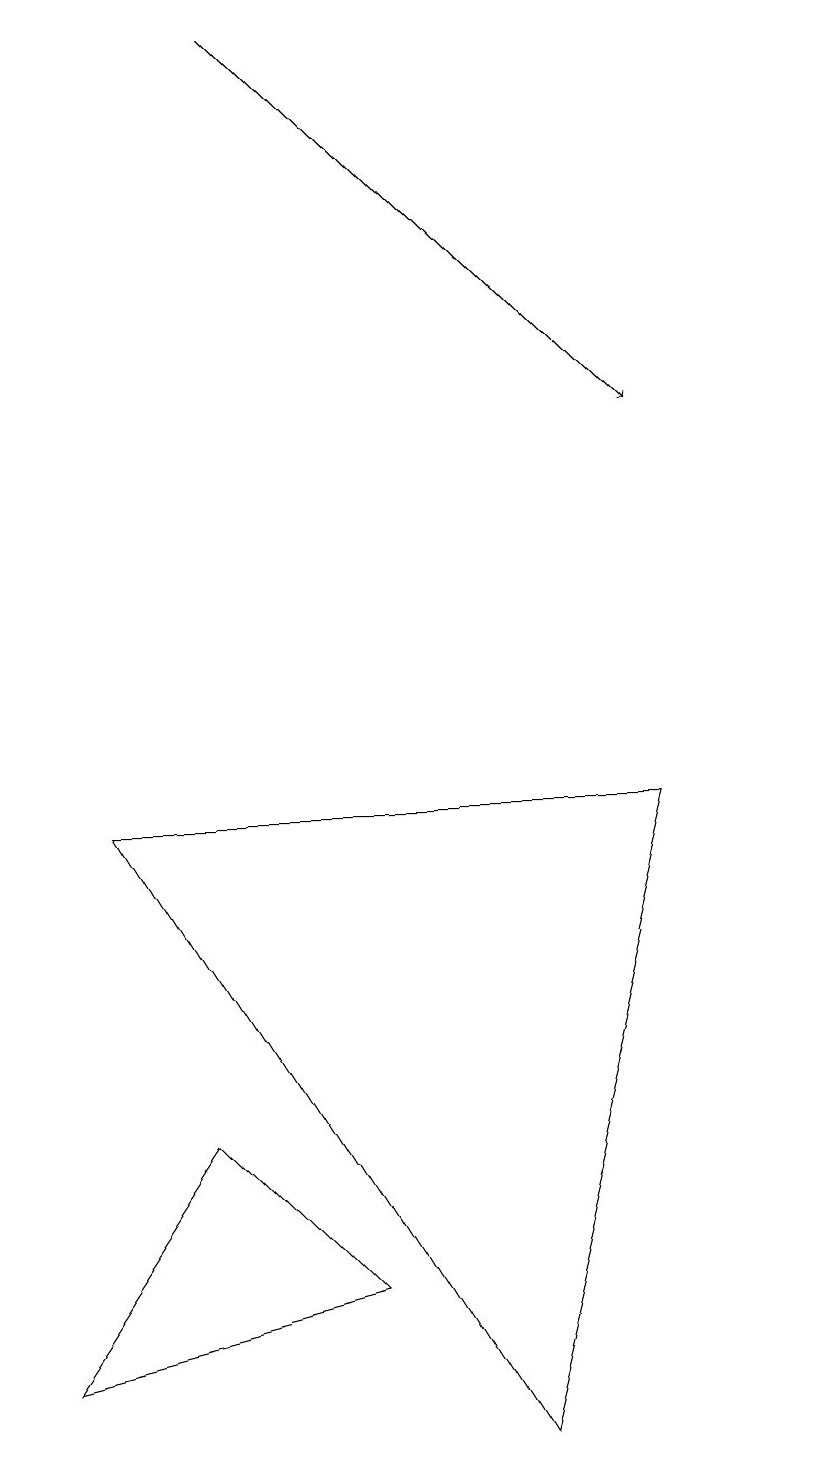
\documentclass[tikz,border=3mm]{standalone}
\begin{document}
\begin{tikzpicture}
\draw[->] (3,19) -- (8,14);
\draw (10,11) circle (0);
\draw (2,5) -- (4,3) -- (0,2) -- cycle;
\draw (6,1) -- (1,9) -- (8,9) -- cycle;
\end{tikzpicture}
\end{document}